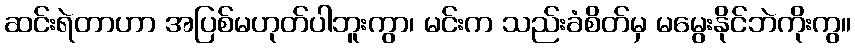
ဆင်းရဲတာဟာ အပြစ်မဟုတ်ပါဘူးကွာ၊ မင်းက သည်းခံစိတ်မှ မမွေးနိုင်ဘဲကိုးကွ။